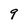
Character: 9